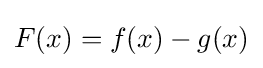
F(x)=f(x)-g(x)